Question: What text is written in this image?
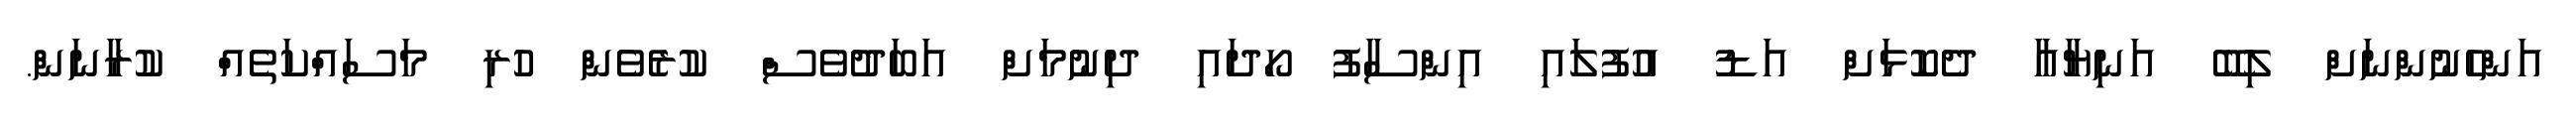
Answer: އަންހެނުންނަށް ލިބޭ އަނިޔާއާ ދެކޮޅަށް އަޑު އުފުލައި އިންސާފު ހޯދައި ދިނުމަށް އަބަދުވެސް ކުރެވެން ހުރި މަސައްކަތެއް ކުރާނަން.